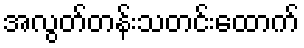
အလွတ်တန်းသတင်းထောက်